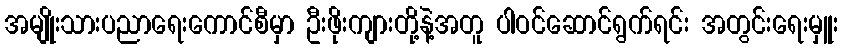
အမျိုးသားပညာရေးကောင်စီမှာ ဦးဖိုးကျားတို့နဲ့အတူ ပါဝင်ဆောင်ရွက်ရင်း အတွင်းရေးမှူး